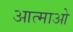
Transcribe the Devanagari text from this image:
आत्माओ